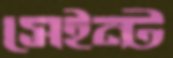
সেইন্ট